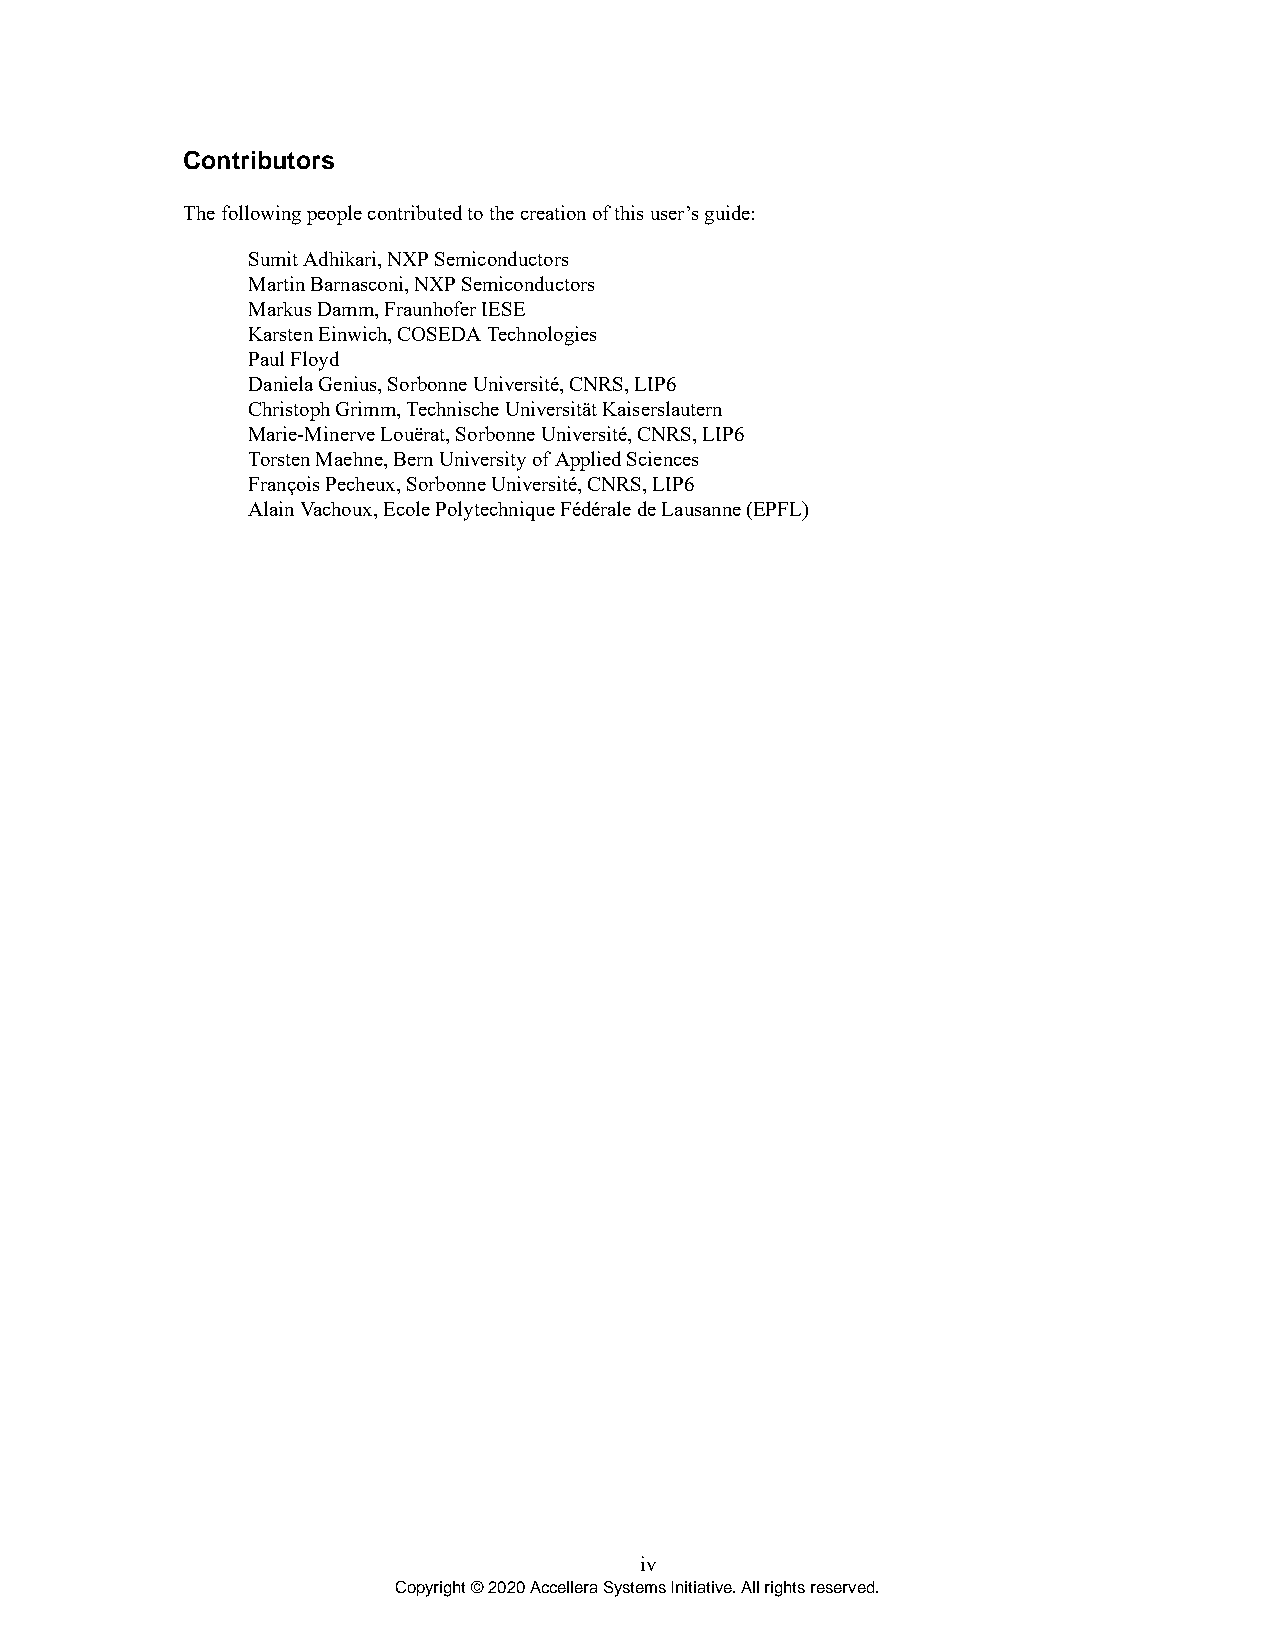
Contributors
 The following people contributed to the creation of this user’s guide:
 Sumit Adhikari, NXP Semiconductors
 Martin Barnasconi, NXP Semiconductors
 Markus Damm, Fraunhofer IESE
 Karsten Einwich, COSEDA Technologies
 Paul Floyd
 Daniela Genius, Sorbonne Université, CNRS, LIP6
 Christoph Grimm, Technische Universität Kaiserslautern
 Marie-Minerve Louërat, Sorbonne Université, CNRS, LIP6
 Torsten Maehne, Bern University of Applied Sciences
 François Pecheux, Sorbonne Université, CNRS, LIP6
 Alain Vachoux, Ecole Polytechnique Fédérale de Lausanne (EPFL)
 iv
 Copyright © 2020 Accellera Systems Initiative. All rights reserved.